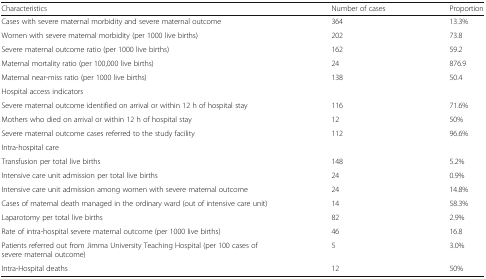
| Characteristics | Number of cases | Proportion |
 | --- | --- | --- |
 | Cases with severe maternal morbidity and severe maternal outcome | 364 | 13.3% |
 | Women with severe maternal morbidity (per 1000 live births) | 202 | 73.8 |
 | Severe maternal outcome ratio (per 1000 live births) | 162 | 59.2 |
 | Maternal mortality ratio (per 100,000 live births) | 24 | 876.9 |
 | Maternal near-miss ratio (per 1000 live births) | 138 | 50.4 |
 | <COLSPAN=3> Hospital access indicators |
 | Severe maternal outcome identified on arrival or within 12 h of hospital stay | 116 | 71.6% |
 | Mothers who died on arrival or within 12 h of hospital stay | 12 | 50% |
 | Severe maternal outcome cases referred to the study facility | 112 | 96.6% |
 | <COLSPAN=3> Intra-hospital care |
 | Transfusion per total live births | 148 | 5.2% |
 | Intensive care unit admission per total live births | 24 | 0.9% |
 | Intensive care unit admission among women with severe maternal outcome | 24 | 14.8% |
 | Cases of maternal death managed in the ordinary ward (out of intensive care unit) | 14 | 58.3% |
 | Laparotomy per total live births | 82 | 2.9% |
 | Rate of intra-hospital severe maternal outcome (per 1000 live births) | 46 | 16.8 |
 | Patients referred out from Jimma University Teaching Hospital (per 100 cases of severe maternal outcome) | 5 | 3.0% |
 | Intra-Hospital deaths | 12 | 50% |